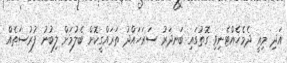
އަދި މިއީ ދެމެހެއްޓެނިވި ގޮތުގައި ބަނދަރު ސަރަހައްދު ތަރައްގީކޮށް ބެލުމަށް ލިބުނު ފުރުސަތެއް